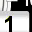
Digit: 1